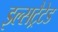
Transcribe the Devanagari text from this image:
इल्सट्रैटेड